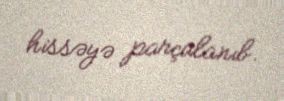
hissəyə parçalanıb.